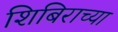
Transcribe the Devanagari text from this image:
शिबिराच्या